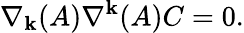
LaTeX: \nabla_{\mathbf{k}}(A)\nabla^{\mathbf{k}}(A)C=0.